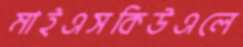
মাইএসকিউএলে